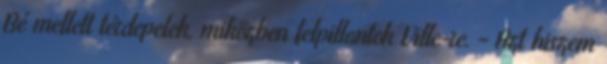
Bé mellett térdepelek, miközben felpillantok Ville-re. - Azt hiszem